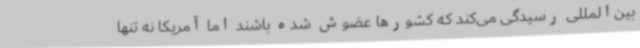
بین‌المللی رسیدگی می‌کند که کشورها عضوش شده باشند اما آمریکا نه تنها